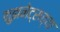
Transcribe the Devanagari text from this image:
कुझनेट्सच्या